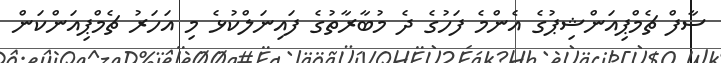
ސާފް ޗެމްޕިއަންޝިޕުގެ އެންމެ ފަހުގެ ދެ މުބާރާތުގެ ފައިނަލްކުޅެ މި އަހަރު ޗެމްޕިއަންކަން